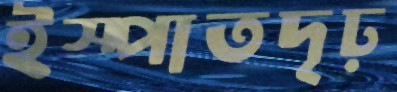
ইস্পাতদৃঢ়